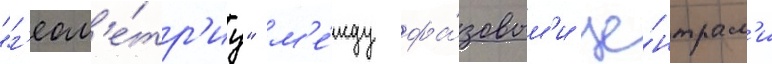
"г'еом'е́тр'иу" м'е́жду фа́зовым'и це́нтрам'и